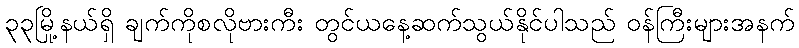
၃၃မြို့နယ်ရှိ ချက်ကိုစလိုဗားကီး တွင်ယနေ့ဆက်သွယ်နိုင်ပါသည် ဝန်ကြီးများအနက်